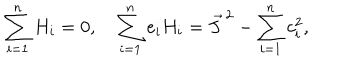
\sum _ { i = 1 } ^ { n } H _ { i } = 0 , \quad \sum _ { i = 1 } ^ { n } e _ { i } H _ { i } = \vec { J } ^ { \, 2 } - \sum _ { i = 1 } ^ { n } c _ { i } ^ { 2 } ,